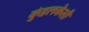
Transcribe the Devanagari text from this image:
कुंडलकेसी